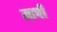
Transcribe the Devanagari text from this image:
म्हषी